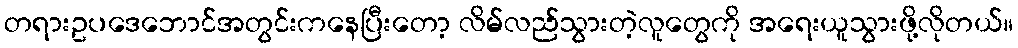
တရားဥပဒေဘောင်အတွင်းကနေပြီးတော့ လိမ်လည်သွားတဲ့လူတွေကို အရေးယူသွားဖို့လိုတယ်။